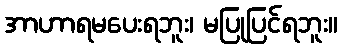
အာဟာရမပေးရဘူး၊ မပြုပြင်ရဘူး။